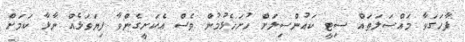
ފާހަގަވާ މައްސަލަތައް ސިޓީ ކައުންސިލަށް ހުށަހެޅުމުން ވެސް އެކަށީގެންވާ ފިޔަވަޅެއް ނާޅާ ކަމަށް